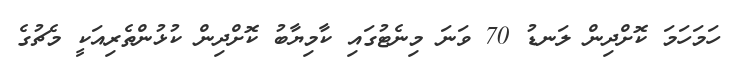
ހަމަހަމަ ކޮށްދިން ލަނޑު 70 ވަނަ މިނެޓުގައި ކާމިޔާބު ކޮށްދިން ކުޅުންތެރިއަކީ މެޗުގެ